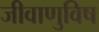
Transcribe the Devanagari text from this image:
जीवाणुविष